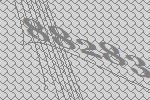
88283